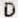
D